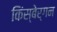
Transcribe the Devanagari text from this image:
किंस्बेर्गन